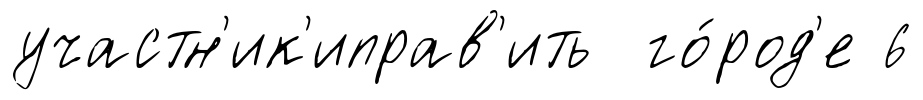
участн'ик'иправ'ить го́род'е 6